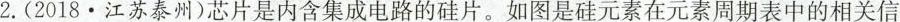
2.(2018•江苏泰州)芯片是内含集成电路的硅片。如图是硅元素在元素周期表中的相关信